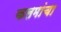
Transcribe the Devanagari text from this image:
कलमांचा